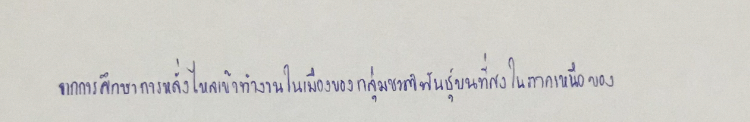
จากการศึกษาการหลั่งไหลเข้าทำงานในเมืองของกลุ่มชาติพันธุ์บนที่สูงในภาคเหนือของ